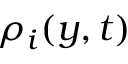
\rho _ { i } ( y , t )